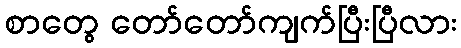
စာတွေ တော်တော်ကျက်ပြီးပြီလား